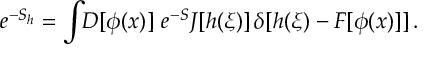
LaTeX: e ^ { - S _ { h } } = \int \! \! D [ \phi ( x ) ] \ e ^ { - S } J [ h ( \xi ) ] \, \delta [ h ( \xi ) - F [ \phi ( x ) ] ] \, .